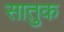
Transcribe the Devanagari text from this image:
सातुक